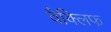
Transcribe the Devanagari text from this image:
वैक्लिफ